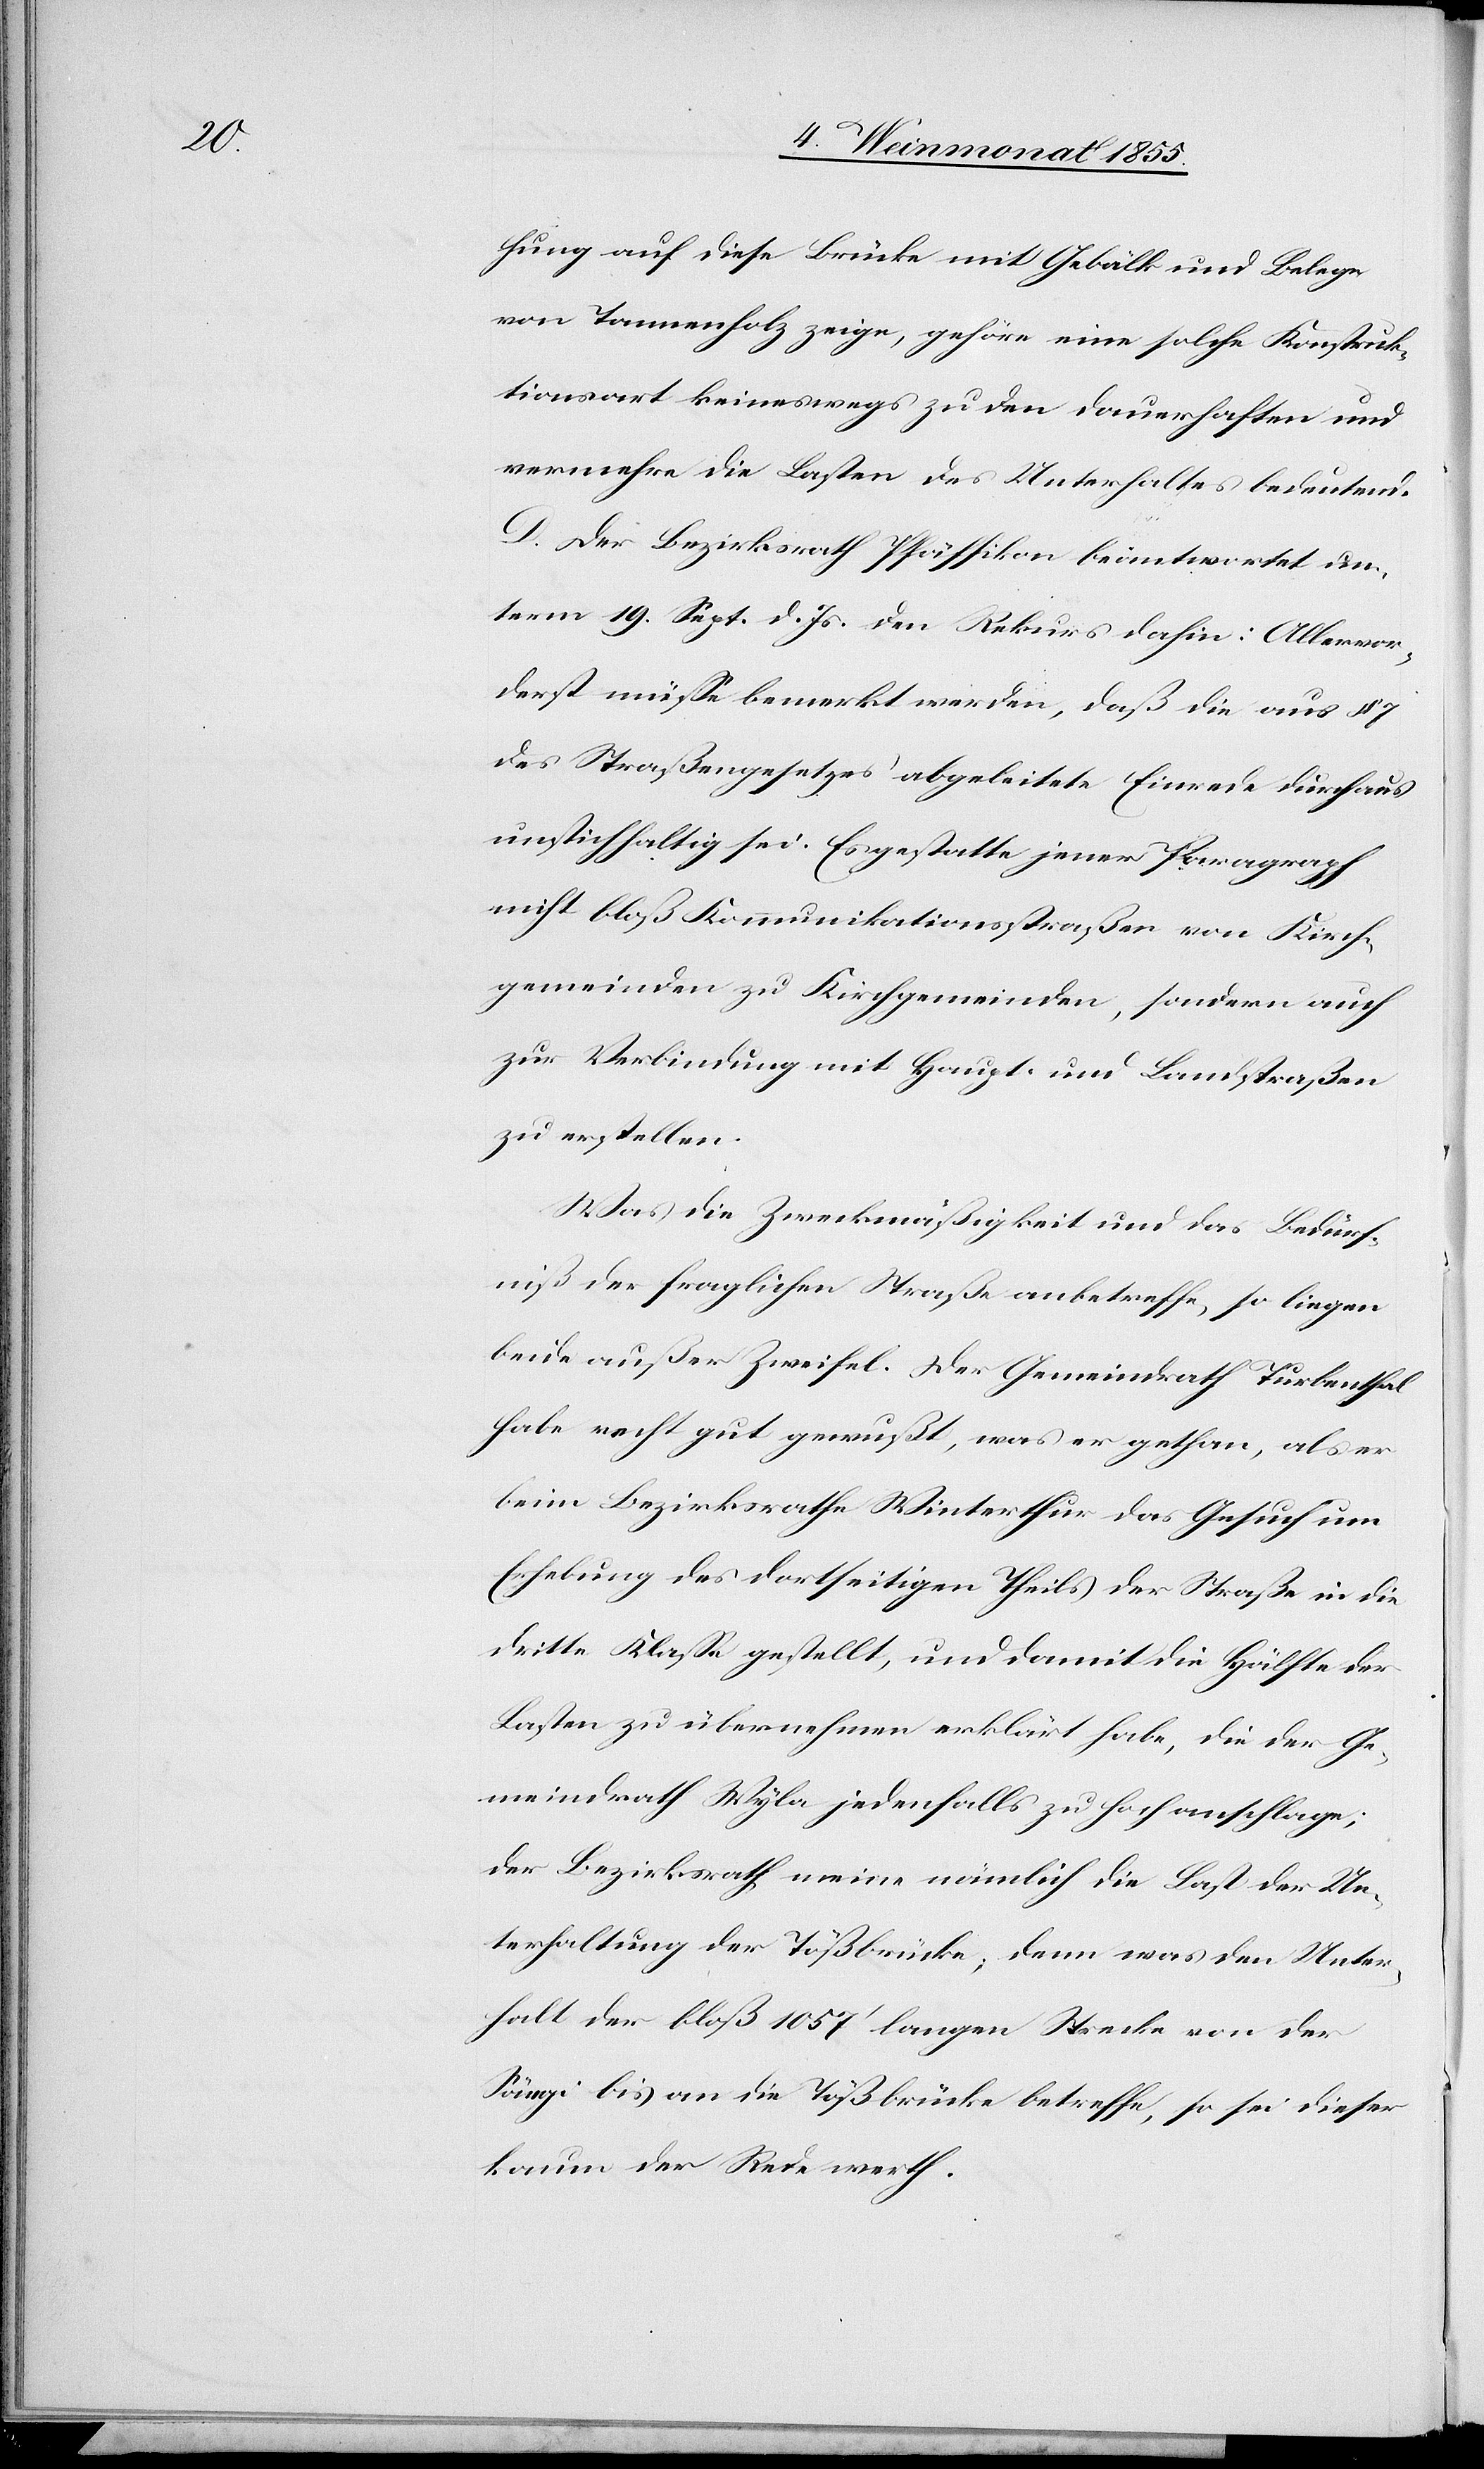
hung auf diese Brücke mit Gebälk und Belege
von Tannenholz zeige, gehöre eine solche Konstruk¬
tionsart keineswegs zu den Dauerhaften und
vermehre die Lasten des Unterhaltes bedeutend.
D. Der Bezirksrath Pfäffikon beantwortet un¬
term 19. Sept. d. Js. den Rekurs dahin: Allervor¬
derst müsse bemerkt werden, daß die aus § 7
des Straßengesetzes abgeleitete Einrede durchaus
unstichhaltig sei. Es gestatte jener Paragraph
nicht bloß Kommunikationsstraßen von Kirch¬
gemeinden zu Kirchgemeinden, sondern auch
zur Verbindung mit Haupt- und Landstraßen
zu erstellen.
Was die Zweckmäßigkeit und das Bedürf¬
niß der fraglichen Straße anbetreffe, so liegen
beide außer Zweifel. Der Gemeindrath Turbenthal
habe recht gut gewußt, was er gethan, als er
beim Bezirksrathe Winterthur das Gesuch um
Erhebung des dortseitigen Theils der Straße in die
dritte Klasse gestellt, und damit die Hälfte der
Lasten zu übernehmen erklärt habe, die der Ge¬
meindrath Wyla jedenfalls zu hoch anschlage;
der Bezirksrath meine nämlich die Last der Un¬
terhaltung der Tößbrücke; denn was den Unter¬
halt der bloß 1057‘ langen Strecke von der
Sängi bis an die Tößbrücke betreffe, so sei dieser
kaum der Rede werth.